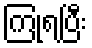
ကြုံရပြီး